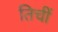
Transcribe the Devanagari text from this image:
तिचीं